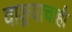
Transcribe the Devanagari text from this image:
वाङ्मयाचाही